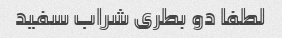
لطفا دو بطری شراب سفید